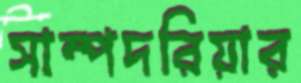
সাম্পদরিয়ার